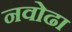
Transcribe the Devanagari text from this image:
नवोढा